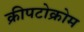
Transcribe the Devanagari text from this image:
क्रीपटोक्रोम